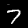
Digit: 7